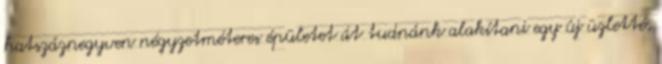
hatszáznegyven négyzetméteres épületet át tudnánk alakítani egy új üzletté,